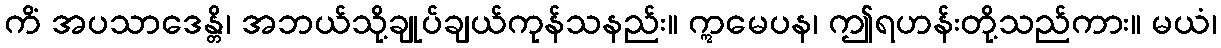
ကိံ အပသာဒေန္တိ၊ အဘယ်သို့ချုပ်ချယ်ကုန်သနည်း။ ဣမေပန၊ ဤရဟန်းတို့သည်ကား။ မယံ၊